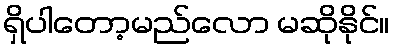
ရှိပါတော့မည်လော မဆိုနိုင်။